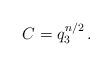
LaTeX: \begin{align*}C=q_3^{n/2}\,.\end{align*}